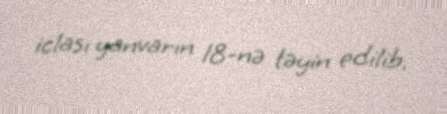
iclası yanvarın 18-nə təyin edilib.